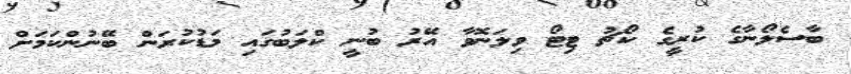
ބާސެލޯނާގެ ކުރީގެ ކޯޗު ޓިޓޯ ވިލަނޮވާ އޭރު ބުނީ ކްލަބުގައި މަޑުކުރަން ބޭނުންކަމަށް